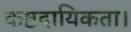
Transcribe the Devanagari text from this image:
कष्टदायिकता।